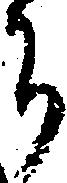
ち